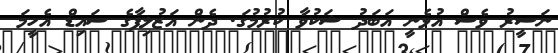
ނަސީރު ވެސް އުޅެނީ އަބަދު ޝަކުވާ ކުރުމުގަ. ދެން އަޒުލިފާގެ ސައިޑް އެހީމަ